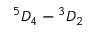
^ 5 D _ { 4 } - { } ^ { 3 } D _ { 2 }